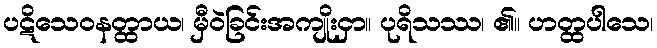
ပဋိသေဝနတ္ထာယ၊ မှီဝဲခြင်းအကျိုးငှာ။ ပုရိသဿ၊ ၏။ ဟတ္ထပါသေ၊